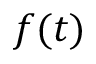
f ( t )